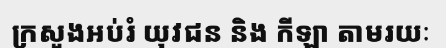
ក្រសួងអប់រំ យុវជន និង កីឡា តាមរយៈ